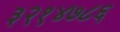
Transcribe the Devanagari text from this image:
३२१४७८६